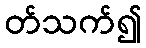
တ်သက်၍